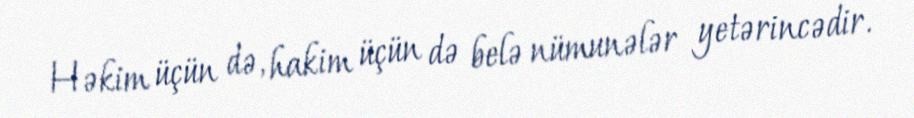
Həkim üçün də, hakim üçün də belə nümunələr yetərincədir.